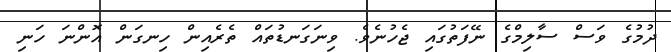
ދުމުގެ ވަސް ސާލިމްގެ ނޭފަތުގައި ޖެހުނެވެ. ވިނަގަނޑުތައް ތެރެއިން ހިނގަން އޮންނަ ހަނި